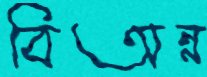
বিঅন্ন